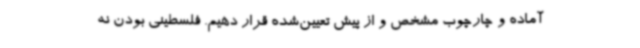
آماده و چارچوب مشخص و از پیش تعیین‌شده قرار دهیم. فلسطینی بودن نه